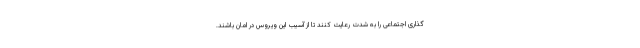
گذاری اجتماعی را به شدت رعایت کنند تا از آسیب این ویروس در امان باشند.